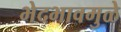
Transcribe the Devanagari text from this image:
भेदभावमुळे